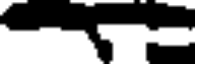
-